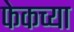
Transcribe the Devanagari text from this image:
फेकच्या